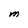
Character: M